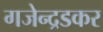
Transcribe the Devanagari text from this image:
गजेन्द्रडकर